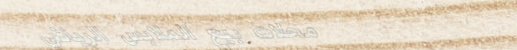
محلات بيع الملابس الرياضي